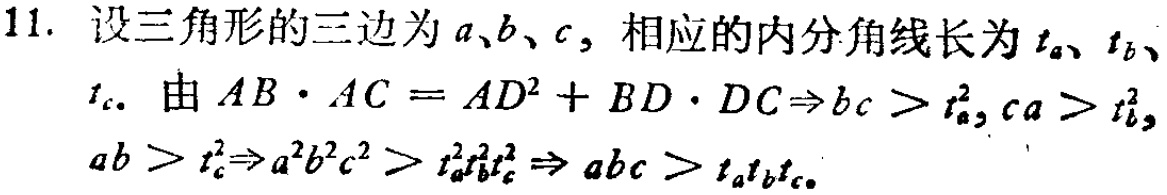
11. 设三角形的三边为\(a、b、c\)，相应的内分角线长为\(t_{a}、t_{b}、t_{c}\). 由\(AB\cdot AC = AD^{2}+BD\cdot DC\Rightarrow bc > t_{a}^{2}, ca > t_{b}^{2}, ab > t_{c}^{2}\Rightarrow a^{2}b^{2}c^{2}>t_{a}^{2}t_{b}^{2}t_{c}^{2}\Rightarrow abc > t_{a}t_{b}t_{c}\).